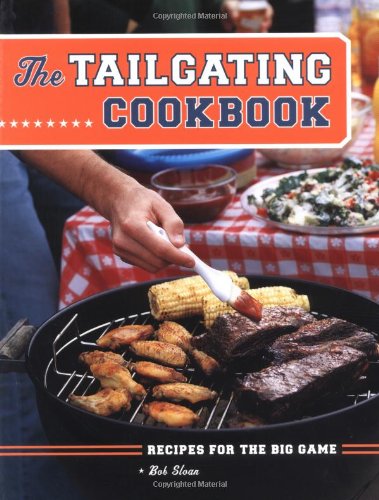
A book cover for The Tailgating Cookbook: Recipes for the Big Game; Robert Sloan; Cookbooks, Food & Wine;